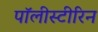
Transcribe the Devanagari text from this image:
पॉलीस्टीरिन